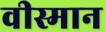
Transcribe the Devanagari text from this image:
वीस्मान